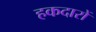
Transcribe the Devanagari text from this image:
हकदारों